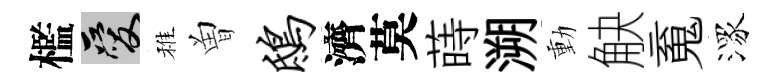
檻爱稚曽鸱濟莫蒔溯動觖䰟潈